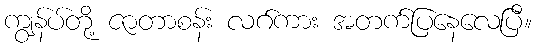
ကျွန်ပ်တို့ ဇာတာစန်း လဂ်ကား အတက်ပြနေလေပြီ။